Annual statistical returns and brief notes on vaccination in Bengal - 1896-1909
Year: 1896
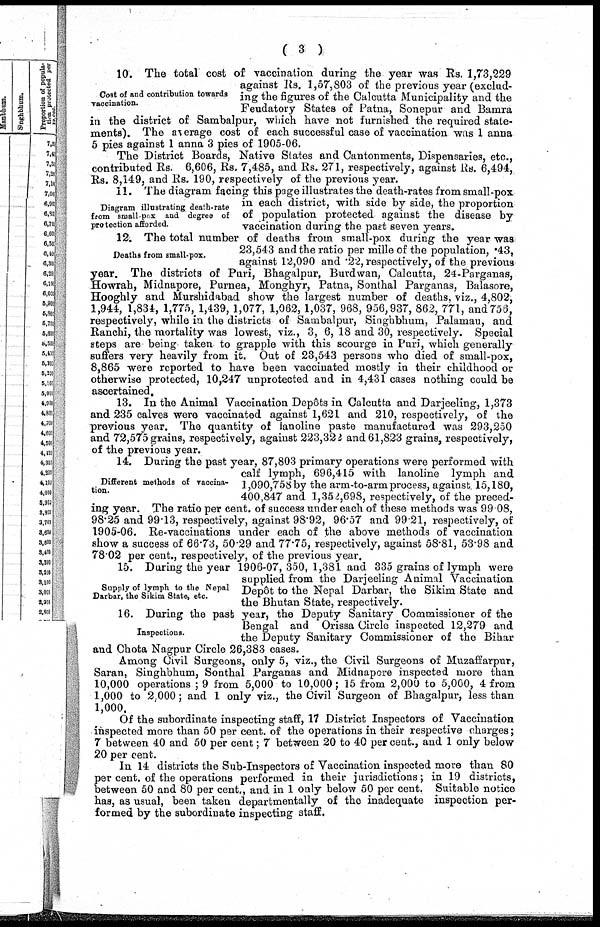
( 3 )
Cost of and contribution towards
vaccination.
10. The total cost of vaccination during the year was Rs. 1,73,229
against Rs. 1,57,803 of the previous year (exclud-
ing the figures of the Calcutta Municipality and the
Feudatory States of Patna, Sonepur and Bamra
in the district of Sambalpur, which have not furnished the required state-
ments). The average cost of each successful case of vaccination was 1 anna
5 pies against 1 anna 3 pies of 1905-06.
The District Boards, Native States and Cantonments, Dispensaries, etc.,
contributed Rs. 6,606, Rs. 7,485, and Rs. 271, respectively, against Rs. 6,494,
Rs. 8,149, and Rs. 190, respectively of the previous year.
Diagram illustrating death-rate
from small-pox and degree of
protection afforded.
11. The diagram facing this page illustrates the death-rates from small-pox
in each district, with side by side, the proportion
of population protected against the disease by
vaccination during the past seven years.
Deaths from small-pox.
12. The total number of deaths from small-pox during the year was
23,543 and the ratio per mille of the population, .43,
against 12,090 and .22, respectively, of the previous
year. The districts of Puri, Bhagalpur, Burdwan, Calcutta, 24-Parganas,
Howrah, Midnapore, Purnea, Monghyr, Patna, Sonthal Parganas, Balasore,
Hooghly and Murshidabad show the largest number of deaths, viz., 4,802,
1,944, 1,834, 1,775, 1,439, 1,077, 1,062, 1,037, 968, 956,937, 862, 771, and756,
respectively, while in the districts of Sambalpur, Singhbhum, Palamau, and
Ranchi, the mortality was lowest, viz., 3, 6, 18 and 30, respectively. Special
steps are being taken to grapple with this scourge in Puri, which generally
suffers very heavily from it. Out of 23,543 persons who died of small-pox,
8,865 were reported to have been vaccinated mostly in their childhood or
otherwise protected, 10,247 unprotected and in 4,431 cases nothing could be
ascertained.
13. In the Animal Vaccination Depôts in Calcutta and Darjeeling, 1,373
and 235 calves were vaccinated against 1,621 and 210, respectively, of the
previous year. The quantity of lanoline paste manufactured was 293,250
and 72,575 grains, respectively, against 223,322 and 61,823 grains, respectively,
of the previous year.
Different methods of vaccina-
tion.
14. During the past year, 87,803 primary operations were performed with
calf lymph, 696,415 with lanoline lymph and
1,090,758 by the arm-to-arm process, against. 15,180,
400,847 and 1,352,698, respectively, of the preced-
ing year. The ratio per cent. of success under each of these methods was 99.08,
98.25 and 99.13, respectively, against 98.92, 96.57 and 99.21, respectively, of
1905-06. Re-vaccinations under each of the above methods of vaccination
show a success of 66.73, 50.29 and 77.75, respectively, against 58.81, 53.98 and
78.02 per cent., respectively, of the previous year.
Supply of lymph to the Nepal
Darbar, the Sikim State, etc.
15. During the year 1906-07, 350, 1,381 and 335 grains of lymph were
supplied from the Darjeeling Animal Vaccination
Depôt to the Nepal Darbar, the Sikim State and
the Bhutan State, respectively.
Inspections.
16. During the past year, the Deputy Sanitary Commissioner of the
Bengal and Orissa Circle inspected 12,279 and
the Deputy Sanitary Commissioner of the Bihar
and Chota Nagpur Circle 26,383 cases.
Among Civil Surgeons, only 5, viz., the Civil Surgeons of Muzaffarpur,
Saran, Singhbhum, Sonthal Parganas and Midnapore inspected more than
10,000 operations ; 9 from 5,000 to 10,000; 15 from 2,000 to 5,000, 4 from
1,000 to 2,000; and 1 only viz., the Civil Surgeon of Bhagalpur, less than
1,000.
Of the subordinate inspecting staff, 17 District Inspectors of Vaccination
inspected more than 50 per cent. of the operations in their respective charges;
7 between 40 and 50 per cent; 7 between 20 to 40 per cent., and 1 only below
20 per cent.
In 14 districts the Sub-Inspectors of Vaccination inspected more than 80
per cent. of the operations performed in their jurisdictions; in 19 districts,
between 50 and 80 per cent., and in 1 only below 50 per cent. Suitable notice
has, as usual, been taken departmentally of the inadequate inspection per-
formed by the subordinate inspecting staff.